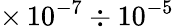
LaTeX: \times\, 10^{-7}\div 10^{-5}